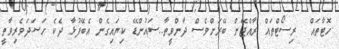
ހޮޓާތައް  ރިސޯޓްތައް ރާއްޖޭން ބޭރަށްވެސް ދާންވީތާ..ސައުންޑޭ ކިޔައިގެން އެބޭފުޅާ ދެކެ ހަސަދަވެރިވާތީ